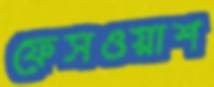
ফেসওয়াশ